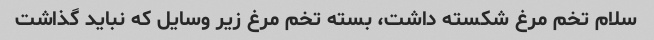
سلام تخم مرغ شکسته داشت، بسته تخم مرغ زیر وسایل که نباید گذاشت